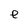
Character: e